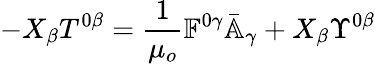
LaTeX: -X_{\beta}T^{0\beta}=\frac{1}{\mu_{o}}\mathbb{F}^{0\gamma}\bar{\mathbb{A}}_{\gamma}+X_{\beta}\Upsilon^{0\beta}